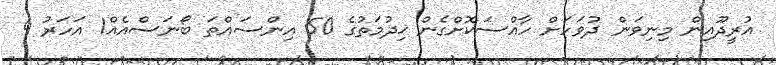
އުރީދޫއިން މިނިވަން ދުވަހަށް ހާއްސަކޮށްގެން ޚިދުމަތުގެ 50 އިންސައްތަ ބޯނަސްއެއް1 އަހަރު 4